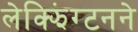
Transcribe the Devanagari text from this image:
लेक्झिंग्टनने